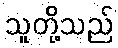
သူတို့သည်